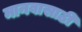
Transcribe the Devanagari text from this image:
मानवासाठी